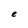
Character: e